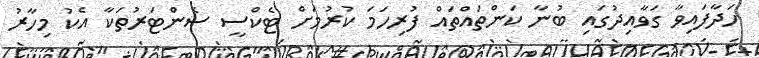
ހަދާފައިވާ ގަވާއިދުގައި ބުނާ ކަންތައްތައް ފުރިހަމަ ކުރުމަށް ޓެކްސީ ސެންޓަރުތަކާ އެކު މިހާރު